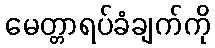
မေတ္တာရပ်ခံချက်ကို